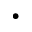
\cdot